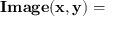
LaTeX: \mathbf { I m a g e ( x , y ) = }